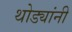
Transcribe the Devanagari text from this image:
थोड्यांनी